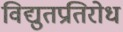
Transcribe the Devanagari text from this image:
विद्युतप्रतिरोध